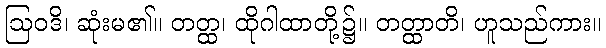
ဩဝဒိ၊ ဆုံးမ၏။ တတ္ထ၊ ထိုဂါထာတို့၌။ တတ္ထာတိ၊ ဟူသည်ကား။